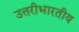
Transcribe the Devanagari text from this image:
उत्तरीभारतीय